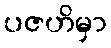
ပဇဟိမှာ